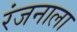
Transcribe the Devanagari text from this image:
रंजनाला